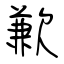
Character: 歉